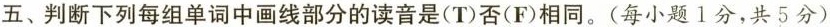
五、判断下列每组单词中画线部分的读音是(T)否(F)相同.(每小题1分,共5分)